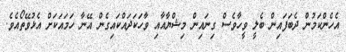
އެހެންކަމުން ދެބަފައިން ބެލީ ވީހާވެސް ގިނައިން މިޝްޔާއާއި ވާހަކަދައްކައިގެން އޭނާ ހަމައަކަށް އެޅުވޭތޯއެވެ.